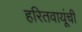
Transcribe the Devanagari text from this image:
हरितवायूंची